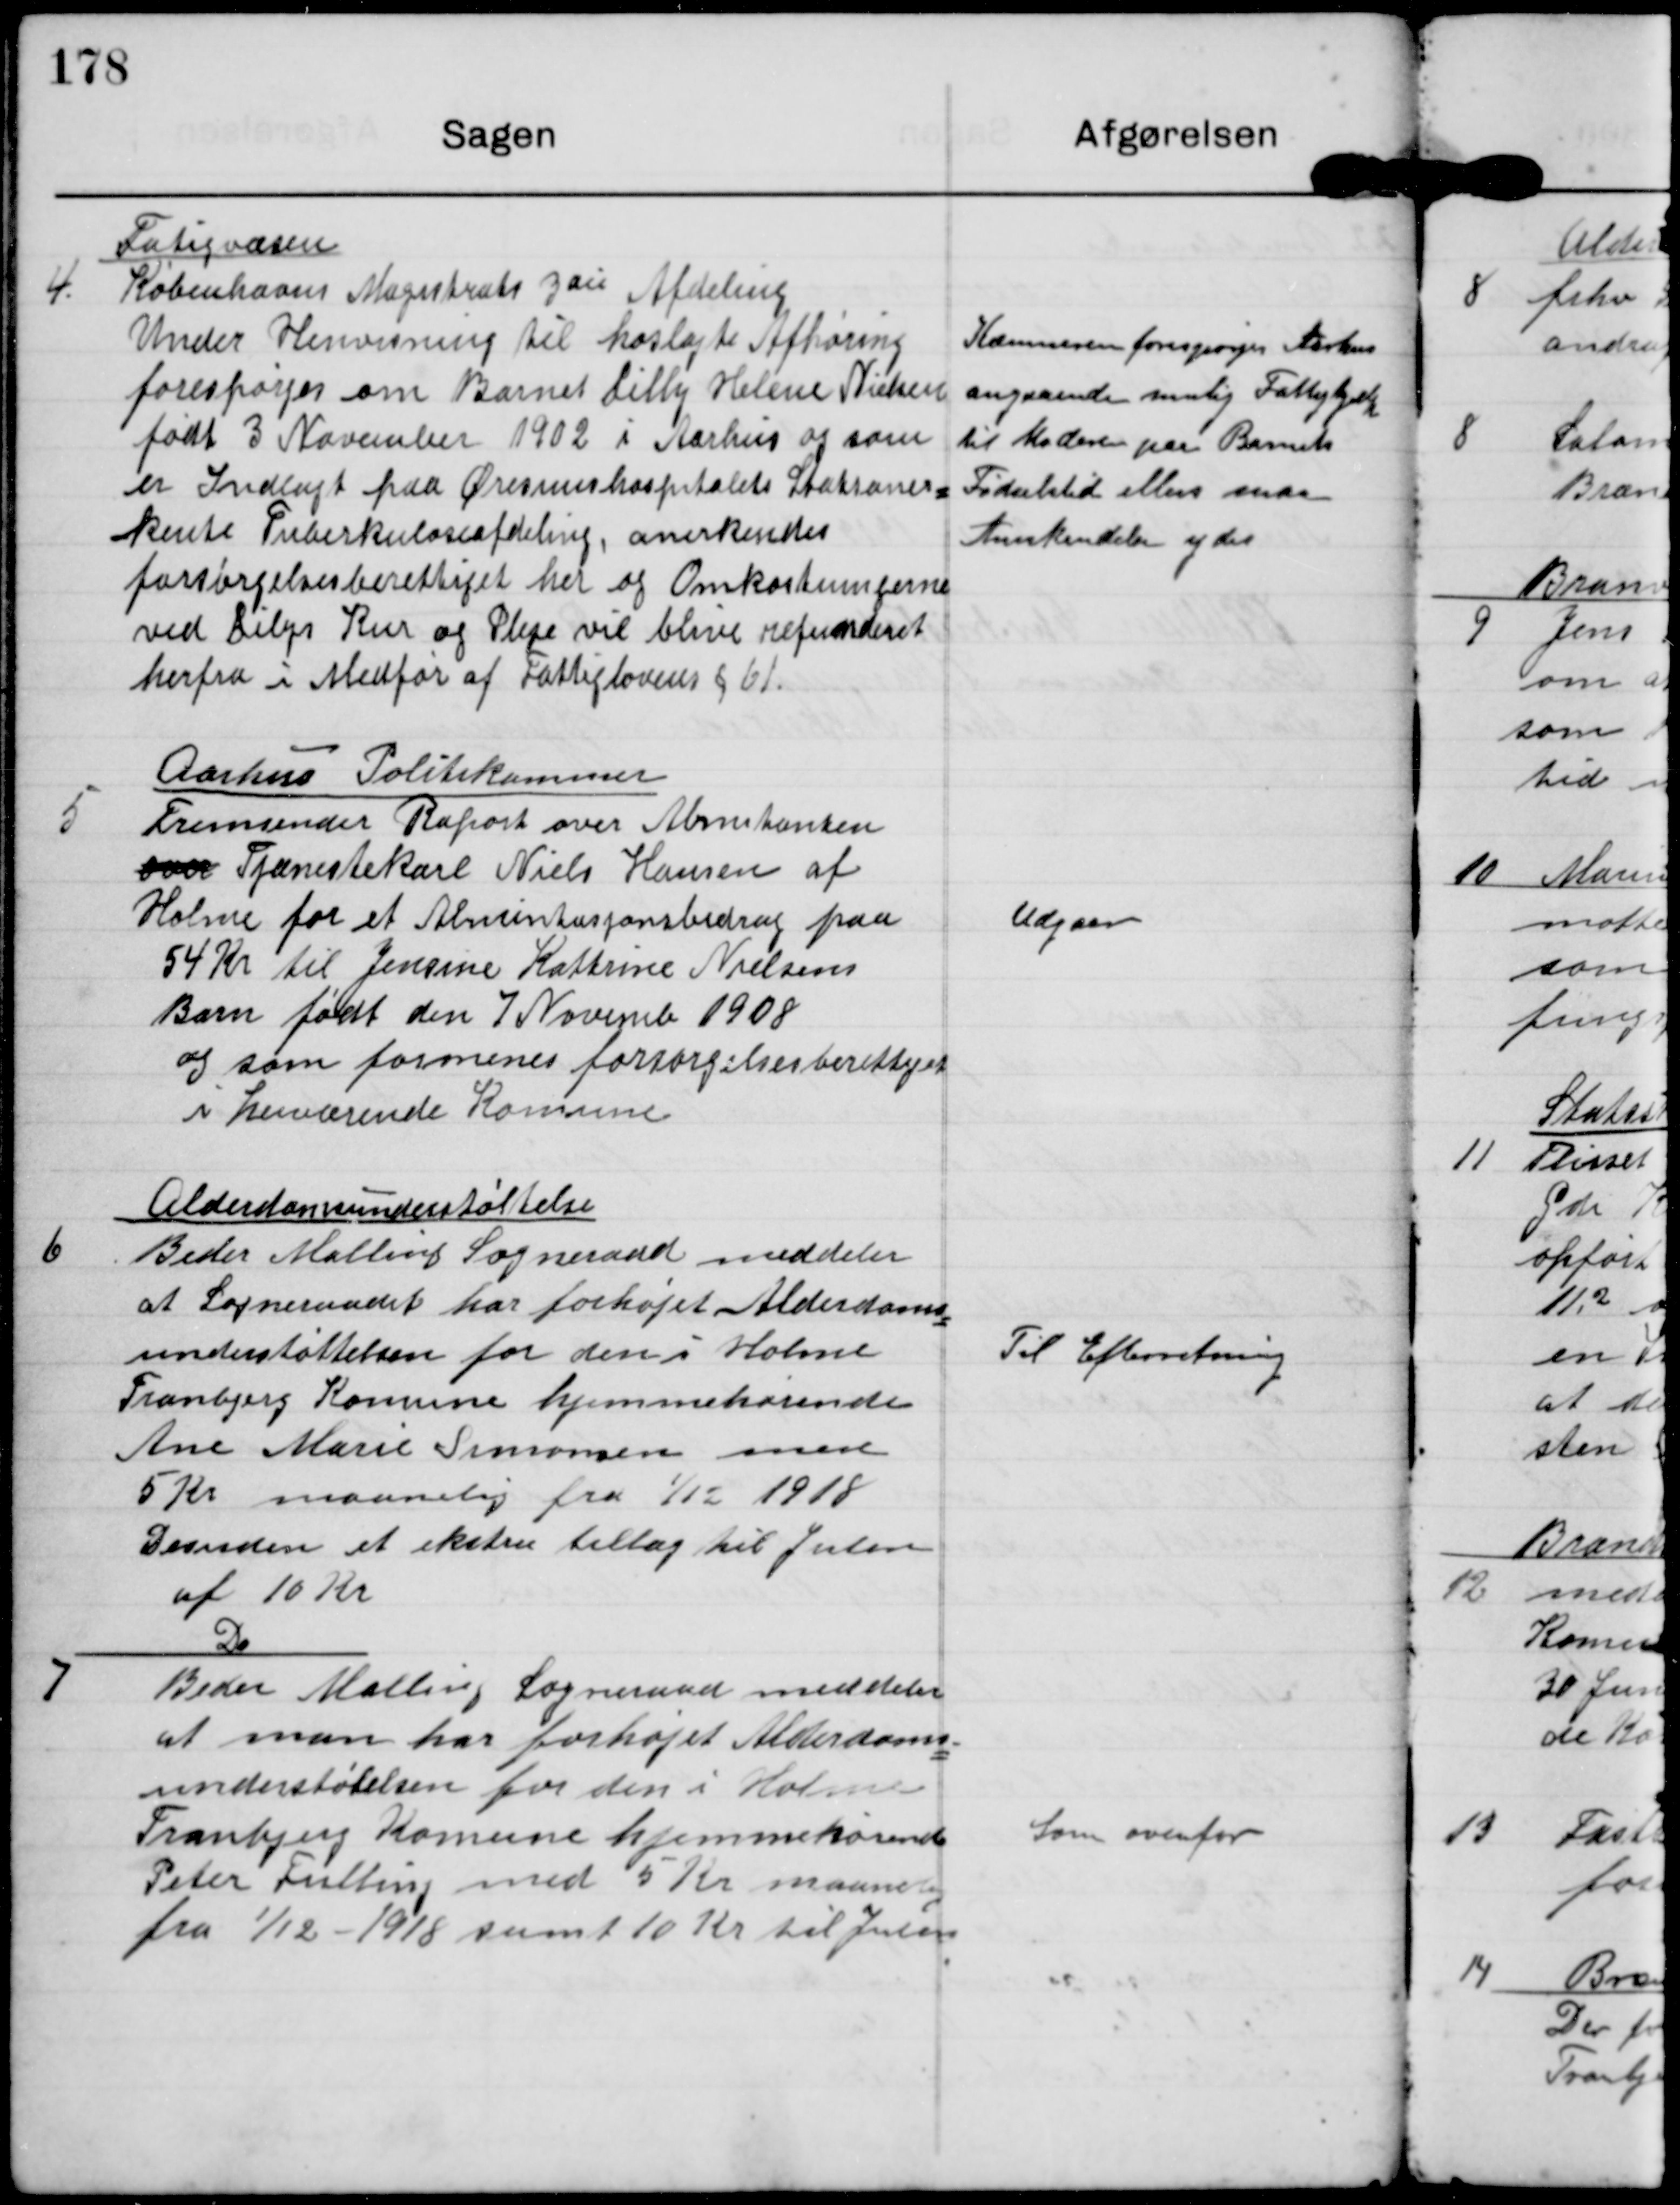
Transskription:
4

Fatigvæsen
Københavns Magistrats 3die Afdeling
Under Henvisning til hoslagte Afhøring
forespørger om Barnet Lilly Helene Nielsen
født 3 November 1902 i Aarhus og som
er Indlagt paa Øresunshospitalts Statsaner-
kente Tuberkuloseafdeling, anerkendes
forsørgelsesberettiget her og Omkostningerne
ved Lilys Kur og Pleje vil blive refunderet
herfra i medfør af Fattiglovens § 61.

Komunen forespørger Aarhus
angaaende mulig Fattighjælp
til Moderen paa Barnets
Fødsesltid elelrs maa
Anekendelse ydes

5

Aarhus Politikammer
Fremsender Repost over Arrestanten
over Tjenestekarl Niels Hansen af
Holme for et Alimentasjonsbidrag paa
54 kr til jensine Kathrine Nielsens
Barn født den 7 Novemb 1908
og som formenes forsørgelsesberettiget
i herværende Komune.

Udgaar

6

Alderdomsunderstøttelse
Beder Malling Sogneraad meddeler
at Sogneraadet har forhøjet Alderdoms-
understøttelsen for den i Holme
Tranbjerg Komune hjemmehørende
Ane Marie Simonsen med
5 Kr maanedlig fra 1/12 1918
Desuden et ekstra tillæg til Julen
af 10 Kr

Til Efterretning

7

Do
Beder Malling Sogneraad meddeler
at man har forehøjet Alderdoms-
understøtelsen for den i Holme
Tranbjerg Komune hjemmehørende
Peter Fulting med 5 Kr maanedlig
fra 1/12-1918 samt 10 Kr til Julen

Som ovenfor